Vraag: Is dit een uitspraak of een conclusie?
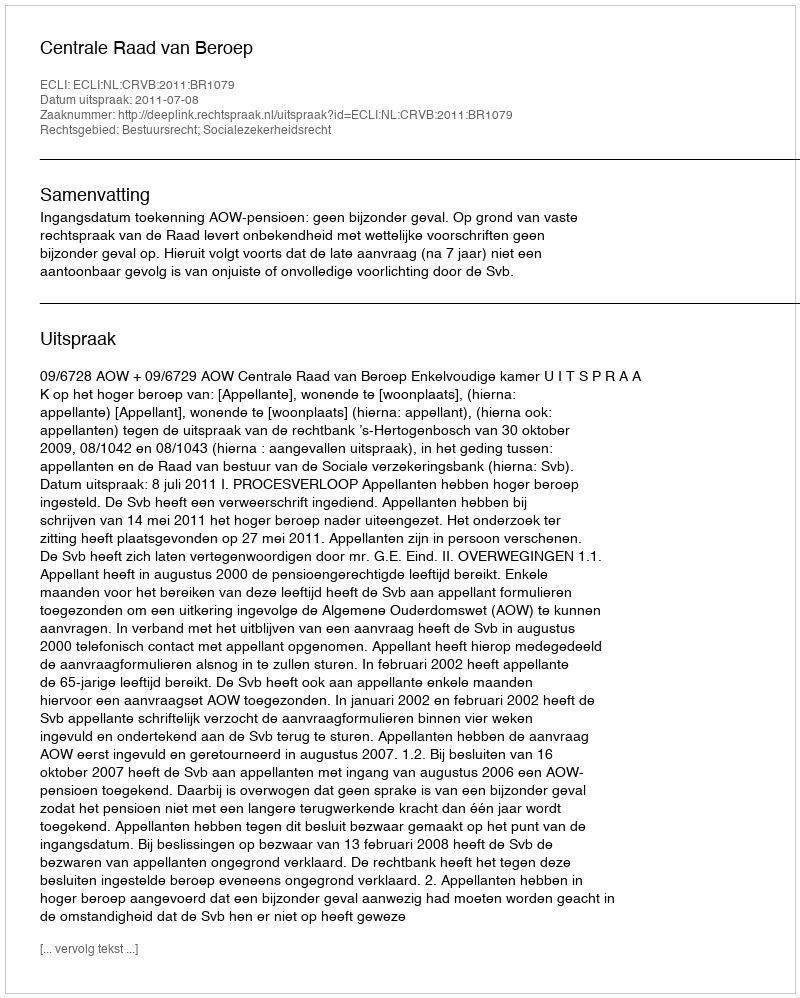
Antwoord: Uitspraak